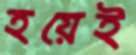
হয়েই